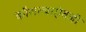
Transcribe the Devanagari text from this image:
कौशल्याऐवजी